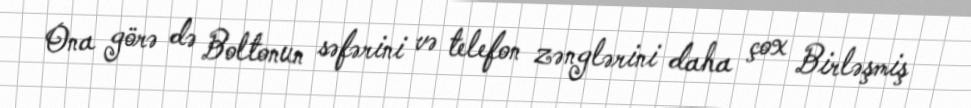
Ona görə də Boltonun səfərini və telefon zənglərini daha çox Birləşmiş